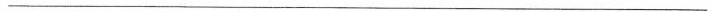
___